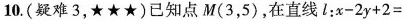
10.(疑难3，★★★)已知点M(3，5)，在直线l： $$x - 2 y + 2 =